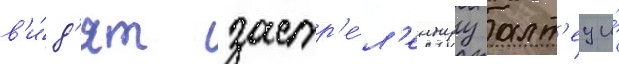
в'и́д'ят застр'е́л'еннуу алт'еу и́